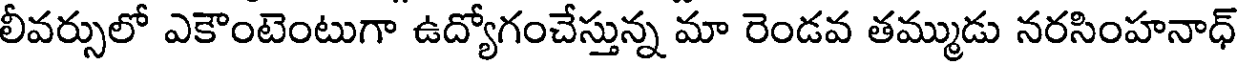
లీవర్సులో ఎకౌంటెంటుగా ఉద్యోగంచేస్తున్న మా రెండవ తమ్ముడు నరసింహనాధ్